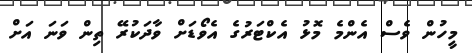
މީހުން ވެސް އެންމެ މޮޅު އެކްޓަރުގެ އެވޯޑަށް ވާދަކުރޭ ތިން ވަނަ އަށް